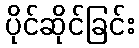
ပိုင်ဆိုင်ခြင်း